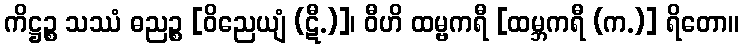
ကိဋ္ဌဉ္စ သဿံ ဓညဉ္စ [ဝိညေယျံ (ဋီ.)]၊ ဝီဟိ ထမ္ဗကရီ [ထမ္ဘကရီ (က.)] ရိတော။